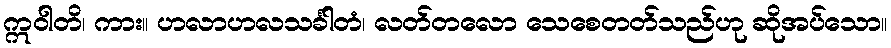
ဣဝါတိ၊ ကား။ ဟလာဟလသင်္ခါတံ၊ လတ်တလော သေစေတတ်သည်ဟု ဆိုအပ်သော။